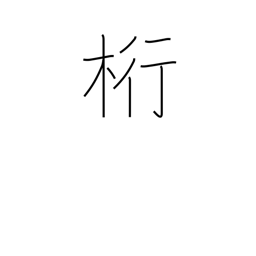
Meaning: unit or column (accounting)